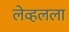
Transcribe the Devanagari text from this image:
लेव्हलला